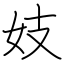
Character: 妓